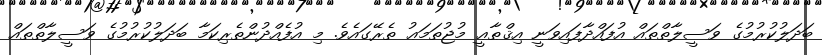
ބަދަލުކުރުމުގެ ވަސީލާތްތައް އުފައްދާފައިވަނީ އިޤްޠާޢީ މުޖުތަމަޢު ތެރޭގައެވެ. މި އުފެއްދުންތެރިކަމާ ބަދަލުކުރުމުގެ ވަސީލާތްތައް